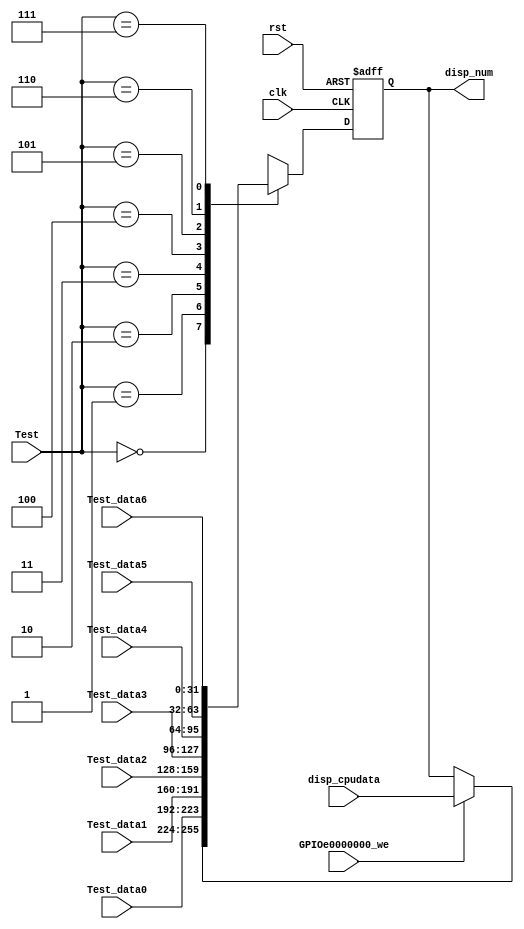
module seven_seg_Dev_IO( 
	input wire clk,
	input wire rst,
	input wire GPIOe0000000_we,
	input wire [2:0] Test,
	input wire [31:0] disp_cpudata,
	input wire [31:0] Test_data0,
	input wire [31:0] Test_data1,
	input wire [31:0] Test_data2,
	input wire [31:0] Test_data3,
	input wire [31:0] Test_data4,
	input wire [31:0] Test_data5,
	input wire [31:0] Test_data6,
	output reg [31:0] disp_num
);
	always @(negedge clk or posedge rst) begin
		if (rst) disp_num <= 32'h0000;
		else begin
			case (Test) 
				0: 	begin 
						if(GPIOe0000000_we) disp_num <= disp_cpudata;
						else disp_num <= disp_num;
					end
				1:	disp_num <= Test_data0;
				2:	disp_num <= Test_data1;
				3:	disp_num <= Test_data2;
				4:	disp_num <= Test_data3;
				5:	disp_num <= Test_data4;
				6:	disp_num <= Test_data5;
				7:	disp_num <= Test_data6;
			endcase
		end
	end
endmodule